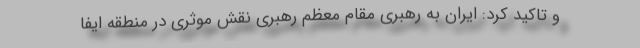
و تاکید کرد: ایران به رهبری مقام معظم رهبری نقش موثری در منطقه ایفا